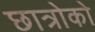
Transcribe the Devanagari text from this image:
छात्रोको